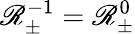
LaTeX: \mathscr{R}_{\pm}^{-1}=\mathscr{R}_{\pm}^{0}